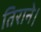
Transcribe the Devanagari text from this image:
तिराने।